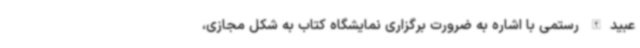
عبیدالله رستمی با اشاره به ضرورت برگزاری نمایشگاه کتاب به شکل مجازی،